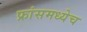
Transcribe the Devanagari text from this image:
फ्रांसमध्येच